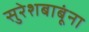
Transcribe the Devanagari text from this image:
सुरेशबाबूंना